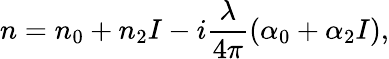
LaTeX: n=n_{0}+n_{2}I-i\frac{\lambda}{4\pi}\left(\alpha_{0}+\alpha_{2}I\right),